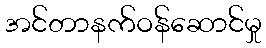
အင်တာနက်ဝန်ဆောင်မှု